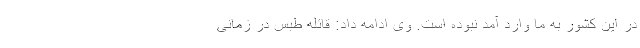
در این کشور به ما وارد آمد نبوده است. وی ادامه داد: قائله طبس در زمانی